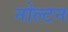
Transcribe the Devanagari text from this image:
नोल्टन